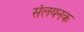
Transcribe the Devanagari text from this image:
संलयनक